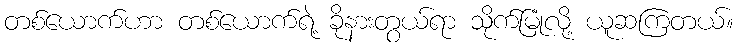
တစ်ယောက်ဟာ တစ်ယောက်ရဲ့ ခိုနားတွယ်ရာ သိုက်မြုံလို့ ယူဆကြတယ်။